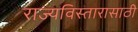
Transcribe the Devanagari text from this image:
राज्यविस्तारासाठी